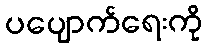
ပပျောက်ရေးကို